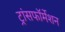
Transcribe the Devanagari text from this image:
ट्रांसफॉर्मेशन